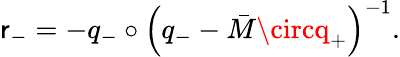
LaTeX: \mathsf{r}_{-}=-q_{-}\circ\left(q_{-}-\bar{{M}}\circq_{+}\right)^{-1}.